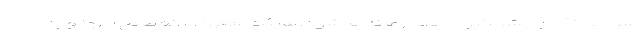
سرمایه‌گذاری چشمگیر در همه زمینه‌ها شود. هیئت سعودی که صبح امروز وارد